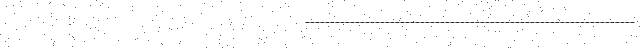
------------------------------------------------------------------